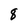
Character: 8